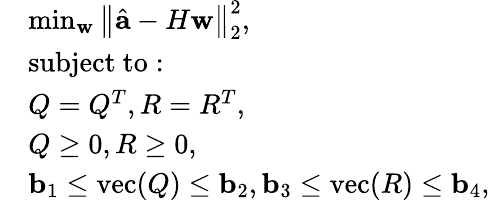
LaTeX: \begin{array}{rl}&{\operatorname*{min}_{\mathbf{w}}\left\| \hat{\mathbf{a}}-H\mathbf{w}\right\| _{2}^{2},}\\ &{\mathrm{subject~to:}}\\ &{Q=Q^{T},R=R^{T},}\\ &{Q\ge 0,R\ge 0,}\\ &{\mathbf{b}_{1}\le\mathrm{vec}(Q)\le\mathbf{b}_{2},\mathbf{b}_{3}\le\mathrm{vec}(R)\le\mathbf{b}_{4},}\end{array}